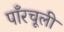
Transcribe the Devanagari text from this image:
पाँरचूली